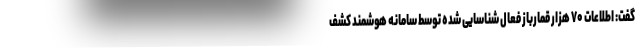
گفت: اطلاعات ۷۰ هزار قمارباز فعال شناسایی شده توسط سامانه هوشمند کشف